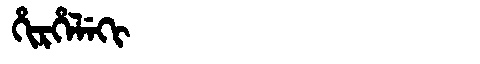
Manchu: ᡥᡳᡵᡥᡝᠯᡝᡴᡳ
Romanization: HIRHELEKI